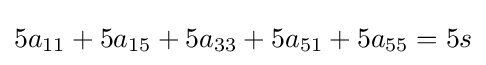
5a_{11}+5a_{15}+5a_{33}+5a_{51}+5a_{55}=5s